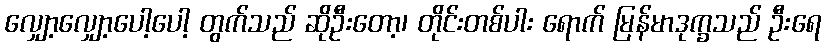
လျှော့လျှော့ပေါ့ပေါ့ တွက်သည် ဆိုဦးတော့၊ တိုင်းတစ်ပါး ရောက် မြန်မာဒုက္ခသည် ဦးရေ